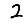
Digit: 2